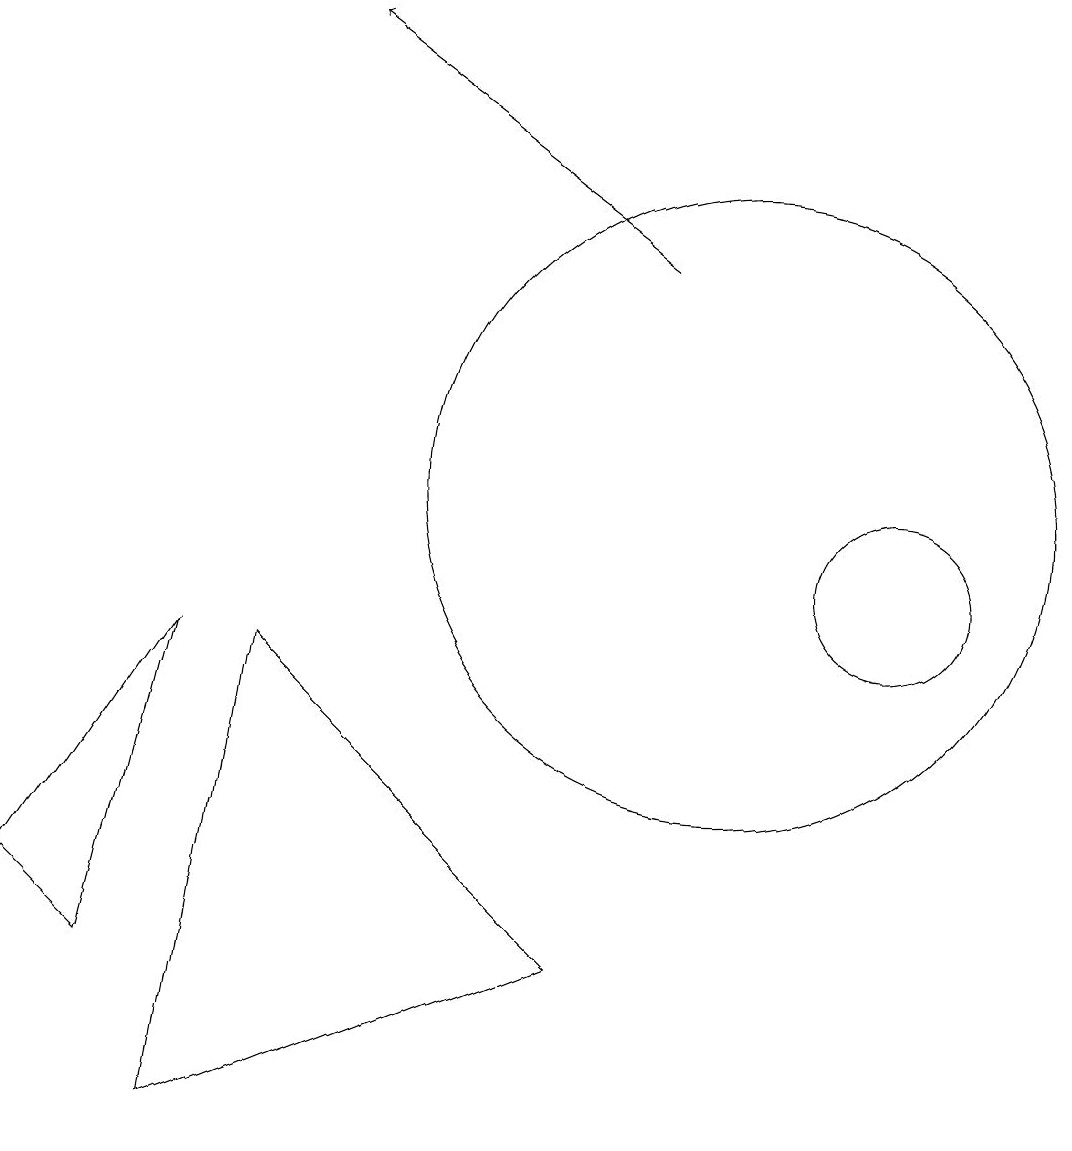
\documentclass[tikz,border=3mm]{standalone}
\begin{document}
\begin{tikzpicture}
\draw (10,11) circle (4);
\draw (12,10) circle (1);
\draw[->] (9,14) -- (5,17);
\draw (4,9) -- (8,5) -- (3,3) -- cycle;
\draw (3,9) -- (1,6) -- (2,5) -- cycle;
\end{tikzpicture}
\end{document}